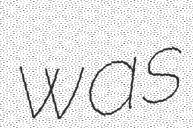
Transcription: was